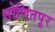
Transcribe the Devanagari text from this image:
सोणितपूर